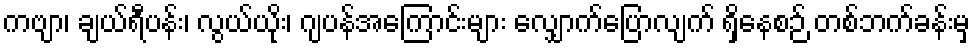
ကဗျာ၊ ချယ်ရီပန်း၊ လွယ်ယိုး၊ ဂျပန်အကြောင်းများ လျှောက်ပြောလျက် ရှိနေစဉ် တစ်ဘက်ခန်းမှ